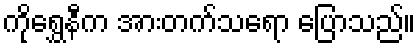
ကိုရွှေနီက အားတက်သရော ပြောသည်။